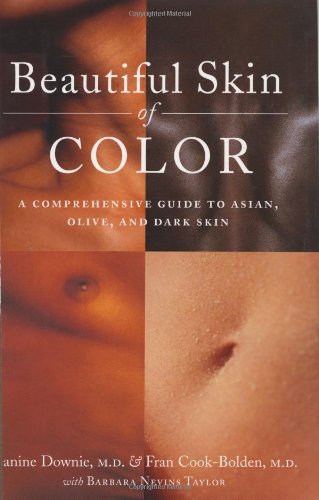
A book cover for Beautiful Skin of Color: A Comprehensive Guide to Asian, Olive, and Dark Skin; Jeanine Downie; Health, Fitness & Dieting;